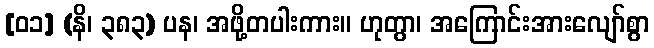
[၀၁] (နိ၊ ၃၈၃) ပန၊ အဖို့တပါးကား။ ဟုတွာ၊ အကြောင်းအားလျော်စွာ